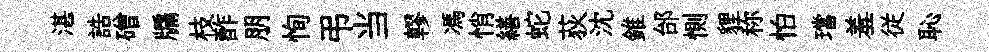
湛誥磳牖枝酢朋恂弔当轇馮悄繕蛇荻沈錐邰惻貍称怕璫羞従恥